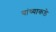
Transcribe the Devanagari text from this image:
यांच्याकड़े